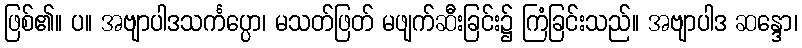
ဖြစ်၏။ ပ။ အဗျာပါဒသင်္ကပ္ပော၊ မသတ်ဖြတ် မဖျက်ဆီးခြင်း၌ ကြံခြင်းသည်။ အဗျာပါဒ ဆန္ဒော၊